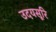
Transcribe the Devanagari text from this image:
उदयसूरि